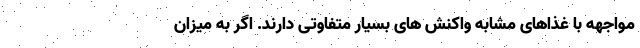
مواجهه با غذاهای مشابه واکنش های بسیار متفاوتی دارند. اگر به میزان